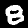
Label: 8